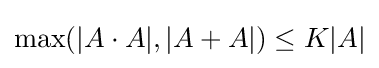
\max(|A\cdot A|,|A+A|)\leq K|A|